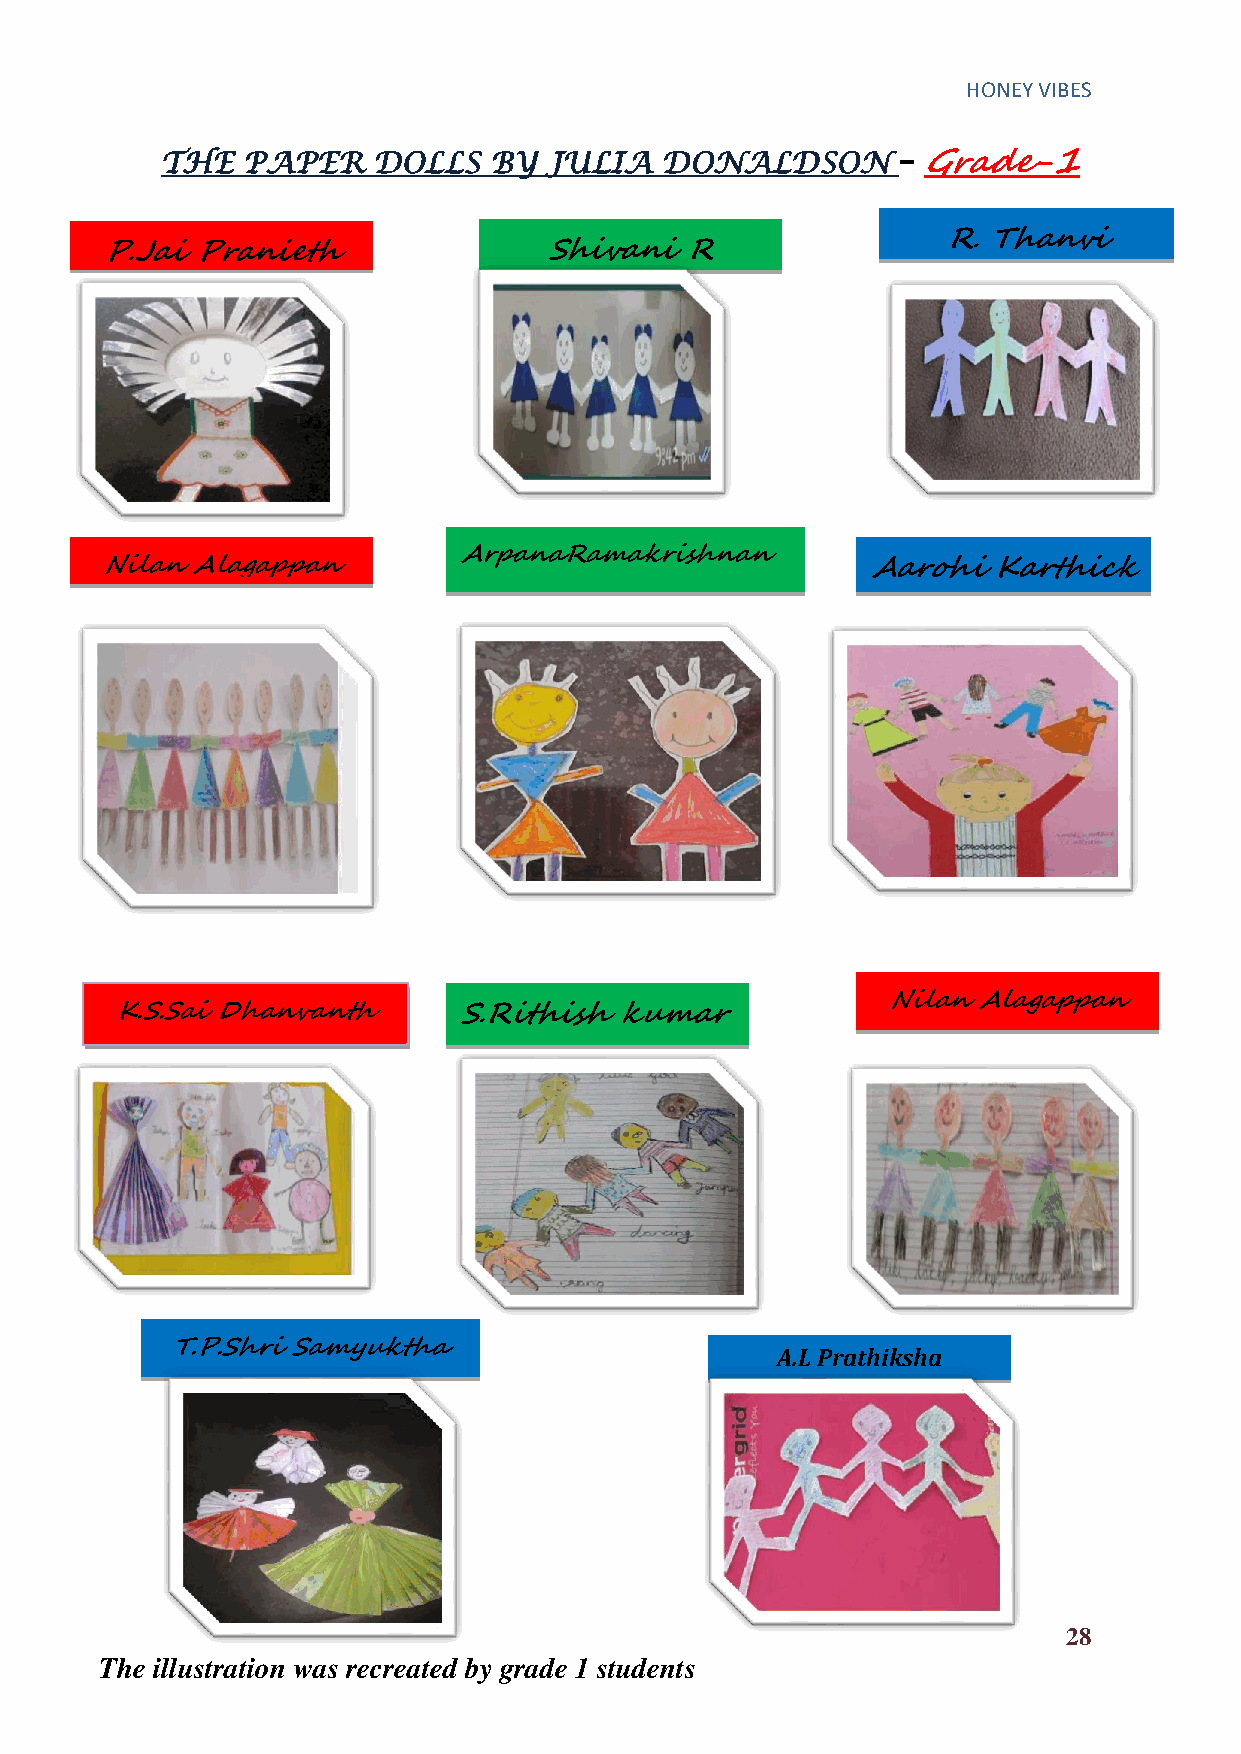
HONEY VIBES
 THE  PAPER    DOLLS  BY  JULIA   DONALDSON
 – Grade-1
 R. Thanvi
 P.Jai Pranieth               Shivani  R
 ArpanaRamakrishnan
 Nilan Alagappan                                    Aarohi  Karthick
 Nilan Alagappan
 K.S.Sai Dhanvanth     S.Rithish  kumar
 T.P.Shri Samyuktha
 A.L Prathiksha
 28
 The illustration was recreated by grade 1 students